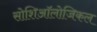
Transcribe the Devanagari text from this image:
सोशिऑलोजिकल